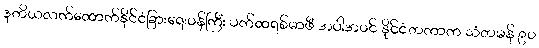
ဒုတိယလက်ထောက်နိုင်ငံခြားရေးဝန်ကြီး ပက်ထရစ်မာဖီ အပါအဝင် နိုင်ငံတကာက သံတမန် ၉၀